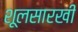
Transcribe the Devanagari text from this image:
शूलसारखी